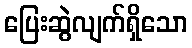
ပြေးဆွဲလျက်ရှိသော